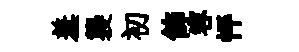
羞襲初飾容怦